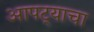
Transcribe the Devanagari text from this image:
आपट्याचा